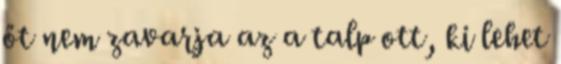
őt nem zavarja az a talp ott, ki lehet